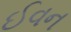
ઈવન